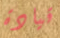
قيادة